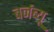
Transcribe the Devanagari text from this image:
बर्नब्यू